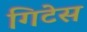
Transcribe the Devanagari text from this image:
गिटेस